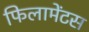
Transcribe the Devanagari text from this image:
फिलामेंटस